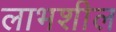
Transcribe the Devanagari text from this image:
लाभशील